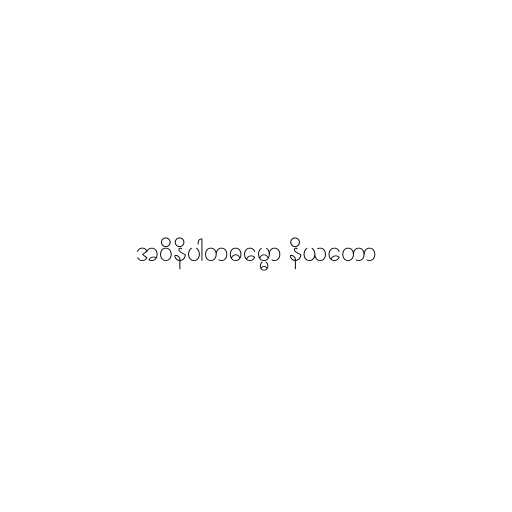
အဝိနိပါတဓမ္မော နိယတော